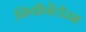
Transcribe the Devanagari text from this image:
नियोनेटोरम